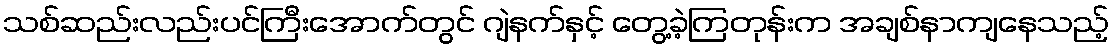
သစ်ဆည်းလည်းပင်ကြီးအောက်တွင် ဂျဲနက်နှင့် တွေ့ခဲ့ကြတုန်းက အချစ်နာကျနေသည့်